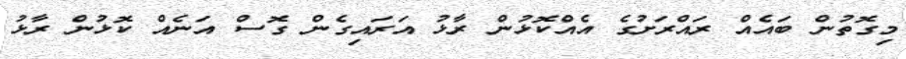
މިގޮތުން ބައެއް ރައްރަށުގެ އެއްކޮޅުން ރާޅު އަރައިގެން ގޮސް އަނެއް ކޮޅުން ރާޅު